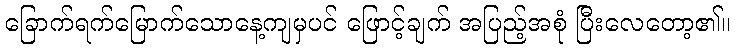
ခြောက်ရက်မြောက်သောနေ့ကျမှပင် ဖြောင့်ချက် အပြည့်အစုံ ပြီးလေတော့၏။